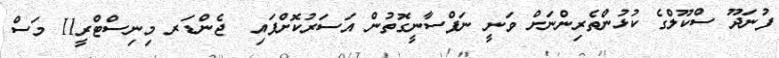
ފުނަދޫ ސްކޫލްގެ ކުޅުންތެރިންނަށް ވަނީ ނަފްސާނީގޮތުން އަސަރުކޮށްފައި  ޖެންޑަރ މިނިސްޓްރީ11 މަސް